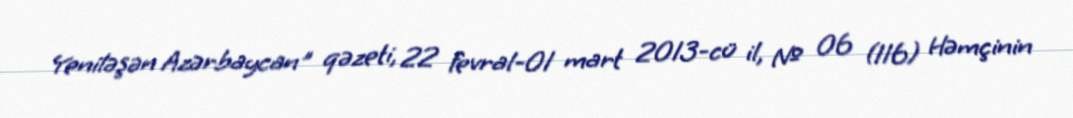
Yeniləşən Azərbaycan" qəzeti, 22 fevral-01 mart 2013-cü il, № 06 (116) Həmçinin